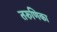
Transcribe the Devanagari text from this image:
तरुणिका